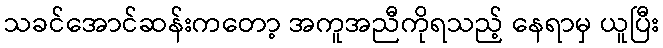
သခင်အောင်ဆန်းကတော့ အကူအညီကိုရသည့် နေရာမှ ယူပြီး